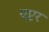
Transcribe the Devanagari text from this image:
एप्टर